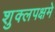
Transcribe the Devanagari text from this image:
शुक्लपक्षमे